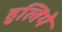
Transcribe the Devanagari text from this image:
हुलिये